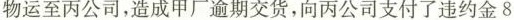
物运至丙公司，造成甲厂逾期交货，向丙公司支付了违约金8